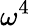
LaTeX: \omega^{4}